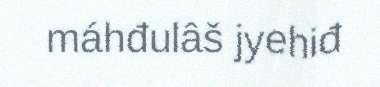
máhđulâš jyehiđ